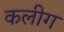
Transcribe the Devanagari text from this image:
कलीग